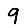
Digit: 9